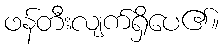
ဖန်တီးလျက်ရှိပေ၏။